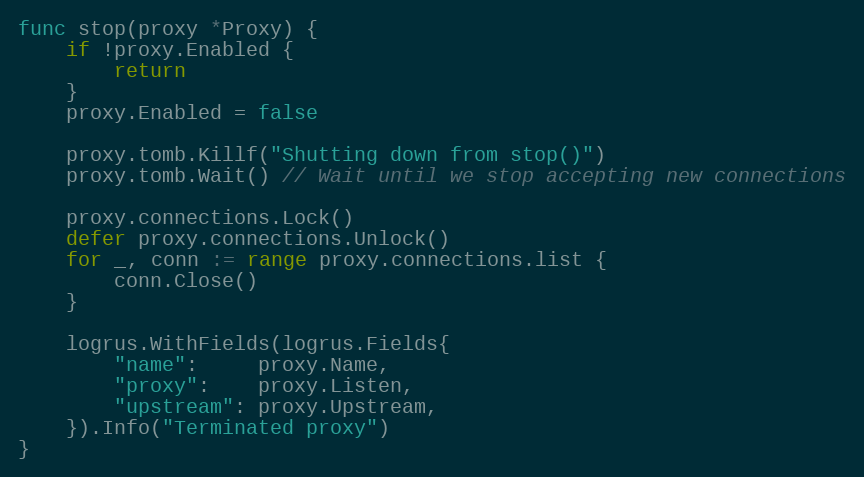
Language: Go
func stop(proxy *Proxy) {
	if !proxy.Enabled {
		return
	}
	proxy.Enabled = false

	proxy.tomb.Killf("Shutting down from stop()")
	proxy.tomb.Wait() // Wait until we stop accepting new connections

	proxy.connections.Lock()
	defer proxy.connections.Unlock()
	for _, conn := range proxy.connections.list {
		conn.Close()
	}

	logrus.WithFields(logrus.Fields{
		"name":     proxy.Name,
		"proxy":    proxy.Listen,
		"upstream": proxy.Upstream,
	}).Info("Terminated proxy")
}